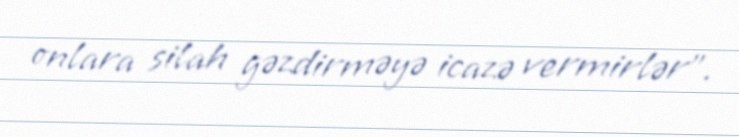
onlara silah gəzdirməyə icazə vermirlər".